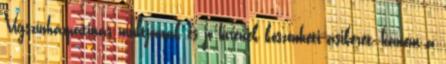
Vígszínházpatinás múltjának és jó hírének köszönheti asikerét, hanem a